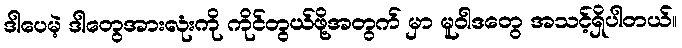
ဒါပေမဲ့ ဒါတွေအားလုံးကို ကိုင်တွယ်ဖို့အတွက် မှာ မူဝါဒတွေ အသင့်ရှိပါတယ်။